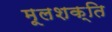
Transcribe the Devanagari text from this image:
मूलशक्ति